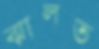
ঝালত